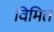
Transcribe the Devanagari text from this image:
विमित